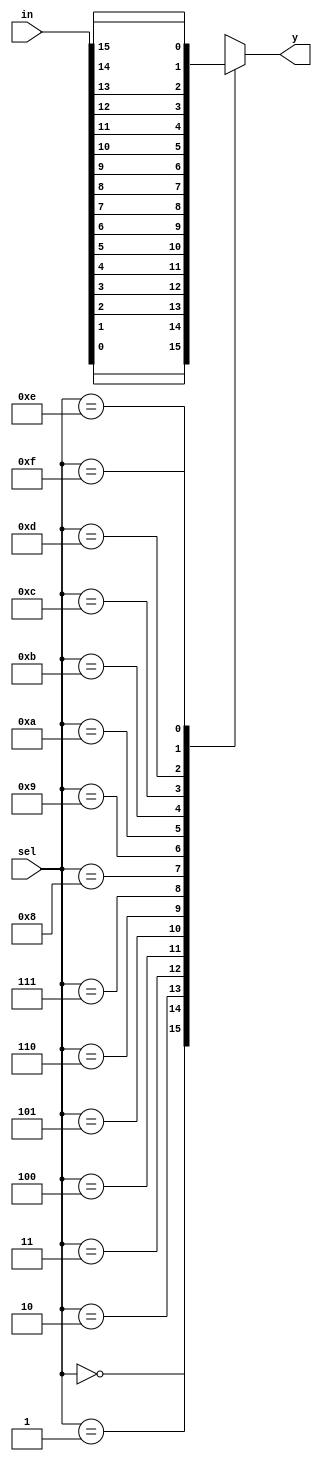
module mux(in,sel,y);
parameter n=16;
input [n-1:0] in;
input [3:0] sel;
output reg y;

always @(in or sel)
begin
case(sel)
4'b0000: y= in[0];
4'b0001: y= in[1];
4'b0010: y= in[2];
4'b0011: y= in[3];
4'b0100: y= in[4];
4'b0101: y= in[5];
4'b0110: y= in[6];
4'b0111: y= in[7];
4'b1000: y= in[8];
4'b1001: y= in[9];
4'b1010: y= in[10];
4'b1011: y= in[11];
4'b1100: y= in[12];
4'b1101: y= in[13];
4'b1110: y= in[14];
4'b1111: y= in[n-1];
default: y=4'b0000;
endcase
end
endmodule